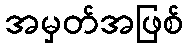
အမှတ်အဖြစ်